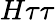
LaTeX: H\tau\tau